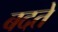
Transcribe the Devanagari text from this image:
बदते